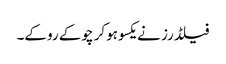
فیلڈرز نے یکسوہوکر چوکے روکے۔